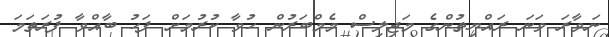
ނަވާރަ ވަނަ ރައްޔިތުންގެ މަޖިލިސް މެމްބަރުން ހުވާ ކުރުމަށް ފަހު ބާއްވާ ފުރަތަމަ